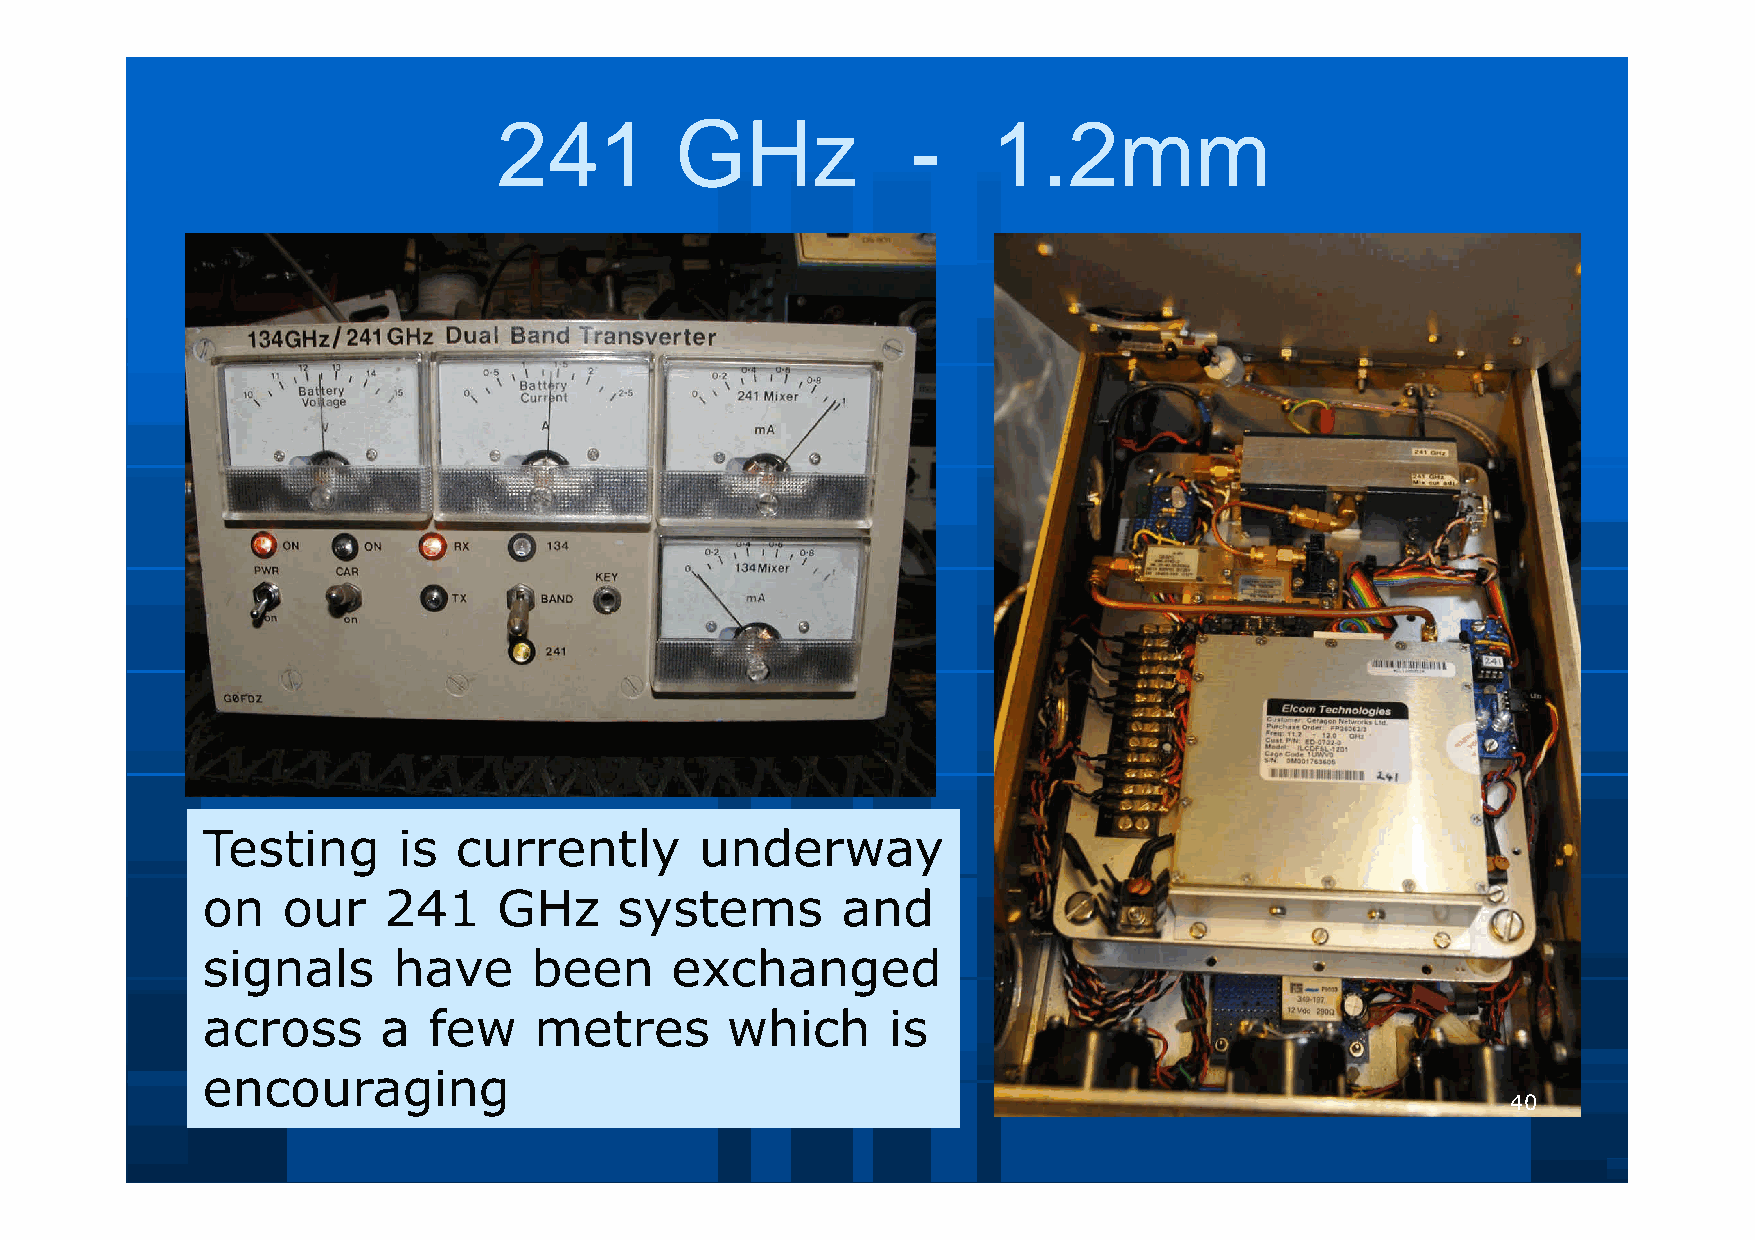
241         GHz            -     1.2mm
 Testing      is  currently       underway
 on    our   241     GHz     systems        and
 signals      have     been     exchanged
 across      a  few    metres       which      is
 encouraging
 40